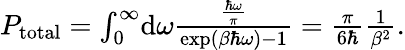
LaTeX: \begin{array}{r}{P_{\mathrm{total}}=\int_{0}^{\infty}\! \mathrm{d}\omega\frac{\frac{\hbar\omega}{\pi}}{\exp\left(\beta\hbar\omega\right)-1}=\frac{\pi}{6\hbar}\frac{1}{\beta^{2}}.}\end{array}